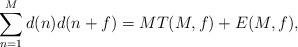
LaTeX: \begin{align*}\sum_{n=1}^{M}d(n)d(n+f)=MT(M,f)+E(M,f),\end{align*}